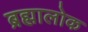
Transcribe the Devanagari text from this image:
ब्रह्मालोक